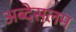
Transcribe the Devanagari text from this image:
अब्देसलम